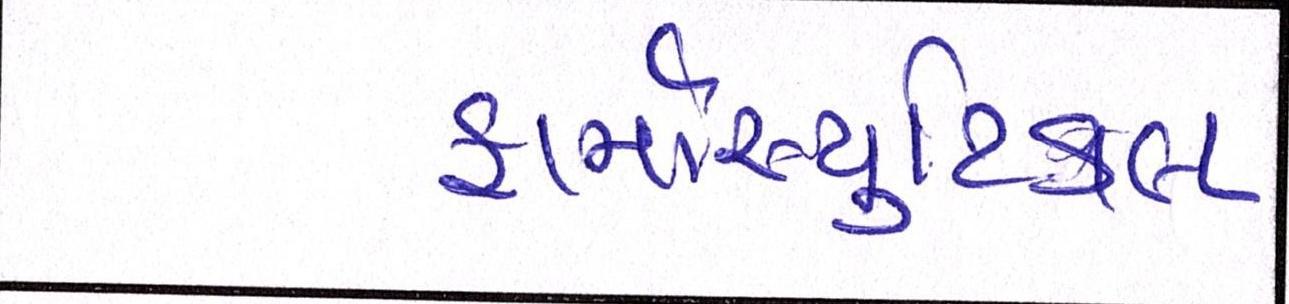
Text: ફાર્માસ્યુટિકલ